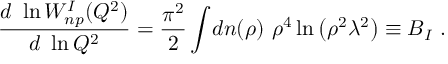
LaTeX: { \frac { d \ \ln W _ { n p } ^ { I } ( Q ^ { 2 } ) } { d \ \ln Q ^ { 2 } } } = { \frac { \pi ^ { 2 } } { 2 } } \int \! d n ( \rho ) \ \rho ^ { 4 } \ln { \left( \rho ^ { 2 } \lambda ^ { 2 } \right) } \equiv B _ { I } \ .